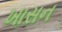
ખાસન